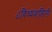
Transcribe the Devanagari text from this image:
८विंध्यवासिनी